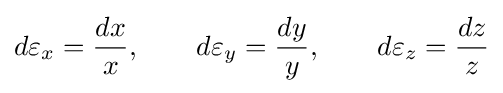
d\varepsilon _{x}={\frac {dx}{x}},\qquad d\varepsilon _{y}={\frac {dy}{y}},\qquad d\varepsilon _{z}={\frac {dz}{z}}